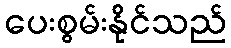
ပေးစွမ်းနိုင်သည်